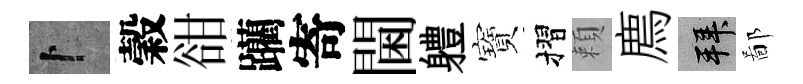
卜穀𧮳躪寄閫軆寶摺頼廌拜鄙